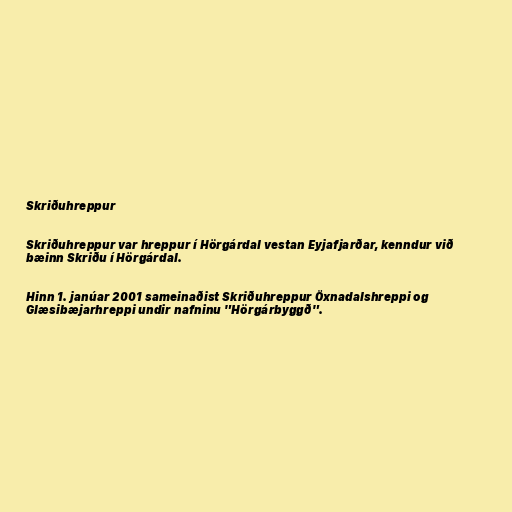
Skriðuhreppur

Skriðuhreppur var hreppur í Hörgárdal vestan Eyjafjarðar, kenndur við
bæinn Skriðu í Hörgárdal.

Hinn 1. janúar 2001 sameinaðist Skriðuhreppur Öxnadalshreppi og
Glæsibæjarhreppi undir nafninu "Hörgárbyggð".